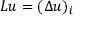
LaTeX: L u = ( \Delta u ) _ { i }